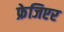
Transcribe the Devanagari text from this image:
फ्रेजिएर